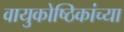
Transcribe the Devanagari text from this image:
वायुकोष्ठिकांच्या